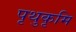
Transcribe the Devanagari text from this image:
पृथुकृमि